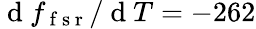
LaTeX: \mathrm{~d~}f_{\mathrm{~f~s~r~}}/\mathrm{~d~}T=-262